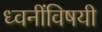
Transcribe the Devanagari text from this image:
ध्वनींविषयी